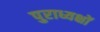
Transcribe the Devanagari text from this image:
पुराध्यक्षों